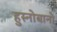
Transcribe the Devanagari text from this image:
हुस्नोबानो